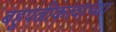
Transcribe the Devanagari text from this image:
बहुपत्नीकत्वाच्या